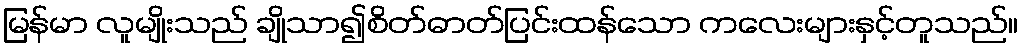
မြန်မာ လူမျိုးသည် ချိုသာ၍စိတ်ဓာတ်ပြင်းထန်သော ကလေးများနှင့်တူသည်။